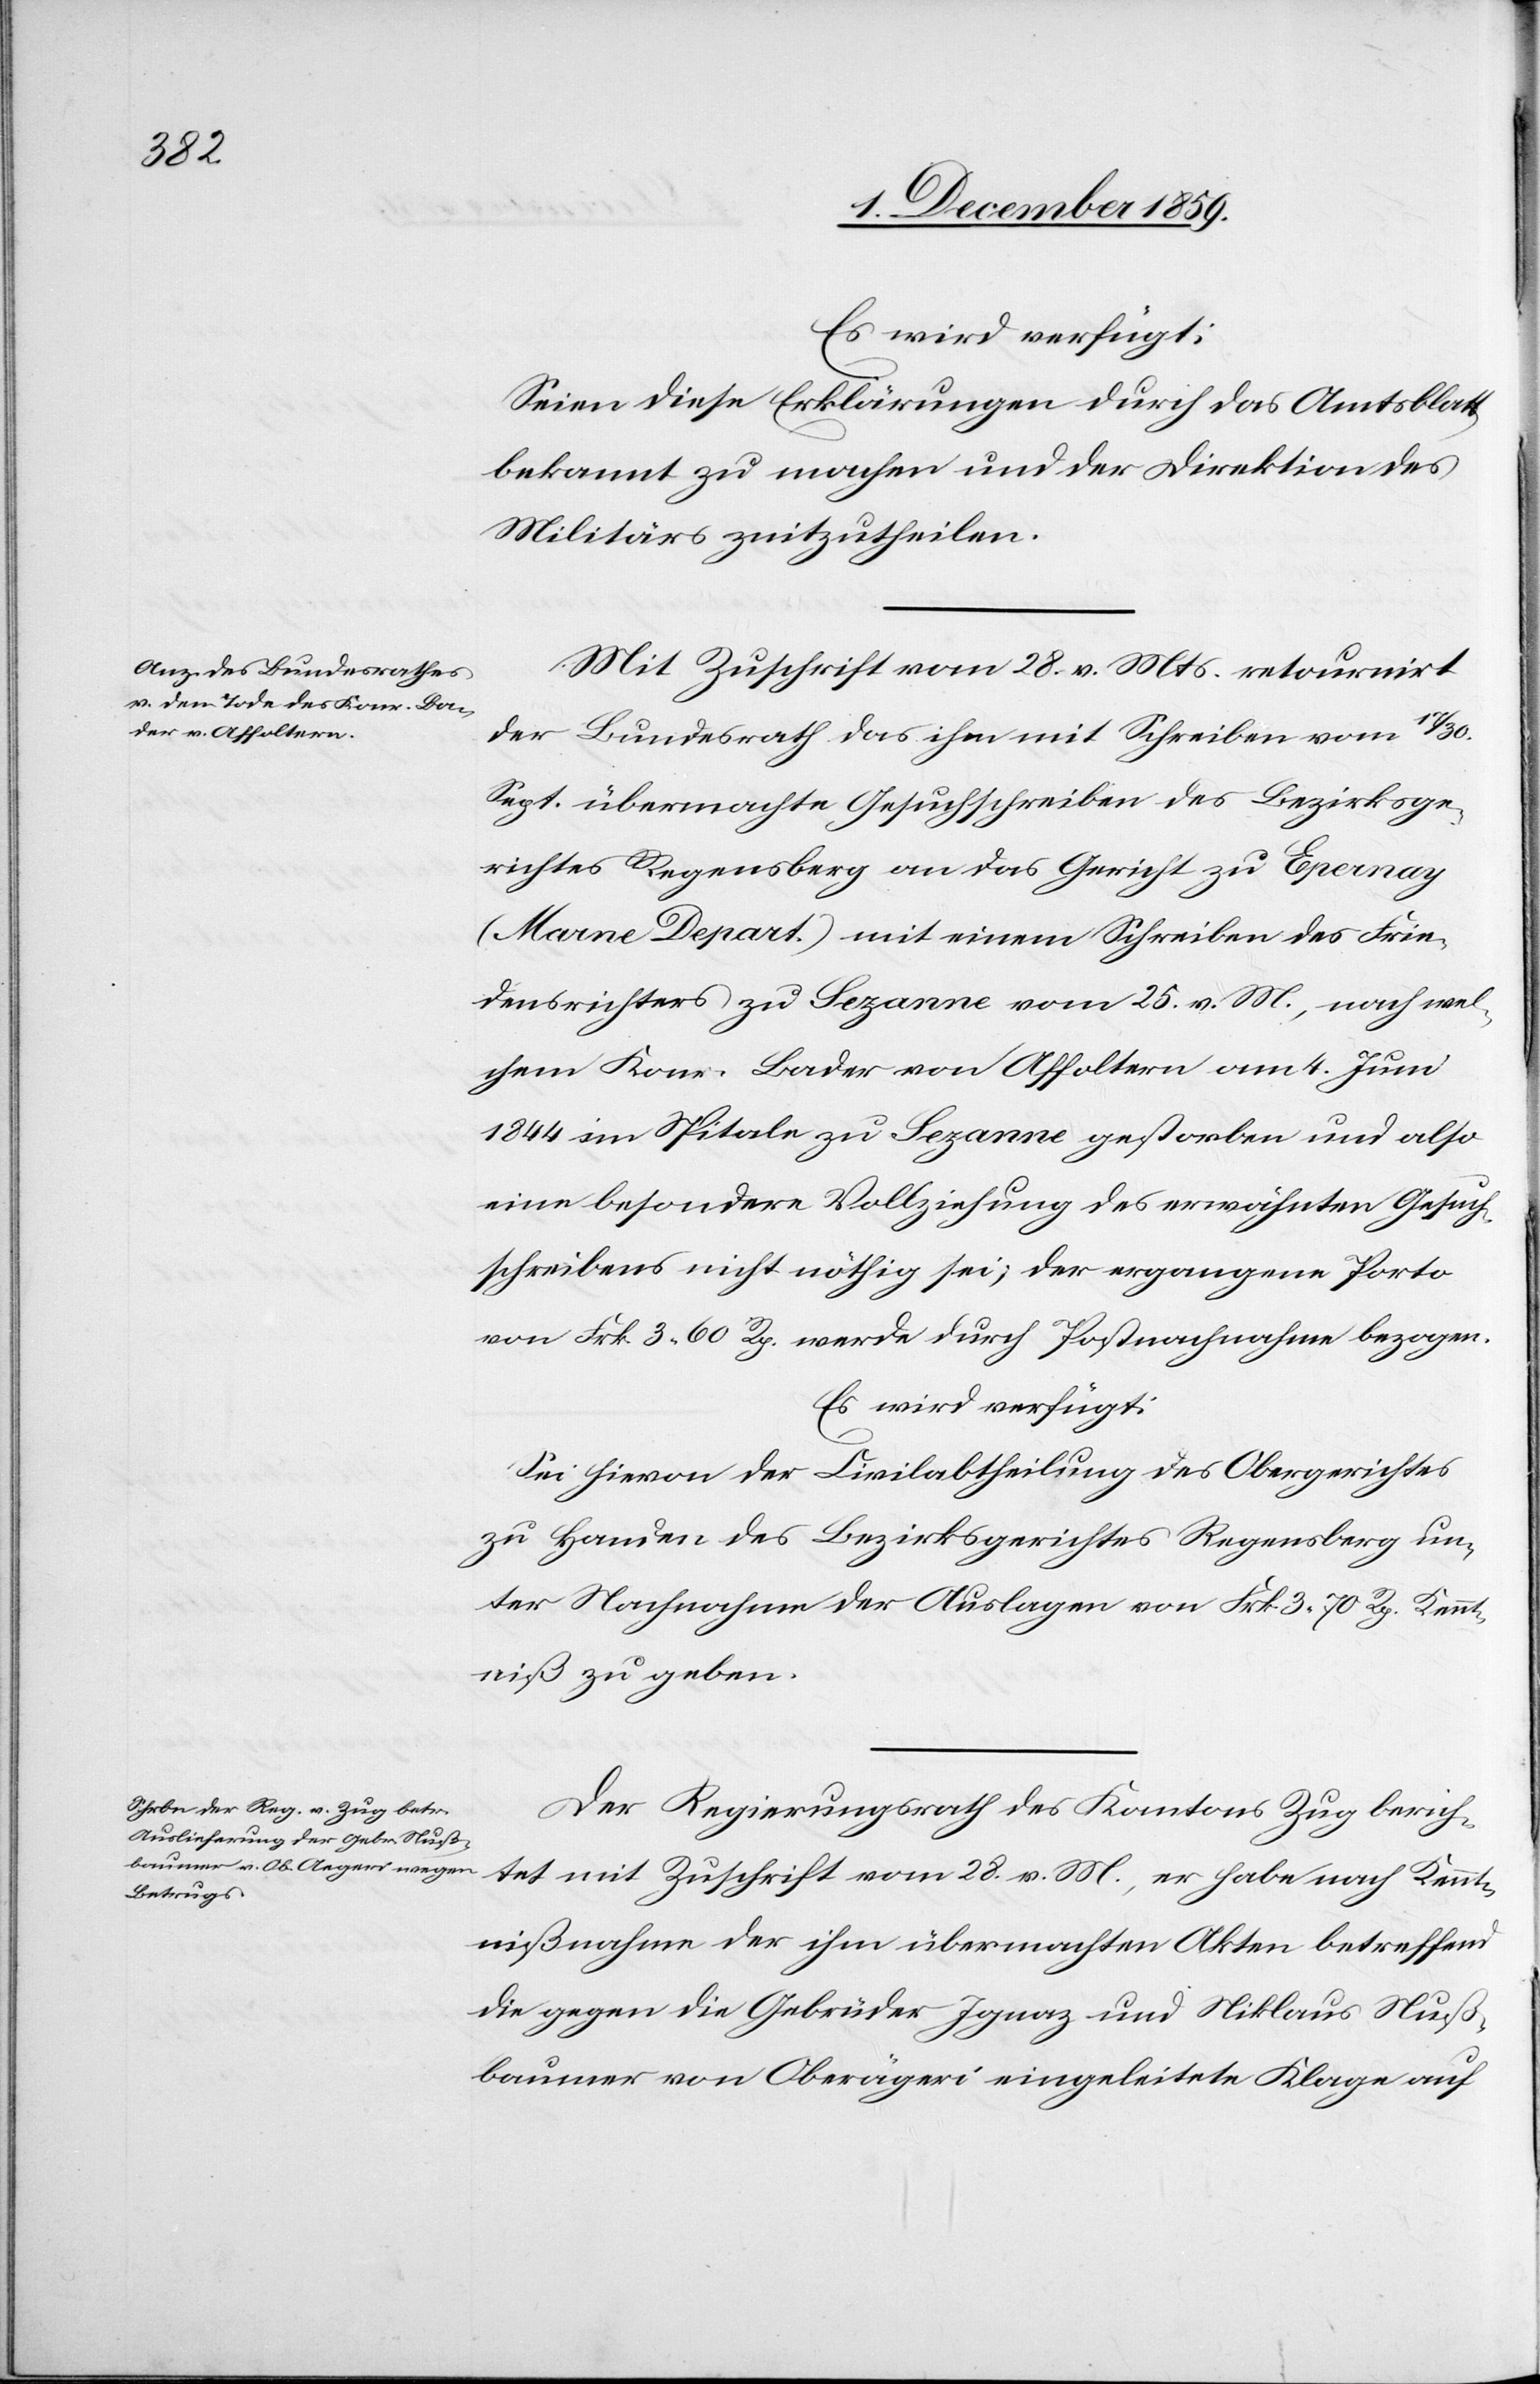
28.
Es wird verfügt:
Seien diese Erklärungen durch das Amtsblatt
bekannt zu machen und der Direktion des
Militärs zuzutheilen.
Mit Zuschrift vom 28. v. Mts. retournirt
der Bundesrath das ihm mit Schreiben vom 17/30
Sept. übermachte Gesuchschreiben des Bezirksge¬
richtes Regensberg an das Gericht zu Epernay
(Marne Depart.) mit einem Schreiben des Frie¬
densrichters zu Sezanne vom 25. v. M., nach wel¬
chem Konr. Bader von Affoltern am 4. Juni
1844 im Spitale zu Sezanne gestorben und also
eine besondere Vollziehung des erwähnten Gesuch¬
schreibens nicht nöthig sei; der ergangene Porto
von Frk. 3 60 Rp. werde durch Postnachnahme bezogen.
Es wird verfügt:
Sei hievon der Civilabtheilung des Obergerichtes
zu Handen des Bezirksgerichtes Regensberg un¬
ter Nachnahme der Auslagen von Frk. 3 70 Rp. Kennt¬
niß zu geben.
Der Regierungsrath des Kantons Zug berichtet
Kenntnißnahme der ihm übermachten Akten betreffend
die gegen die Gebrüder Ignaz und Nicklaus Nuß¬
baumer von Oberägeri eingeleitete Klage auf